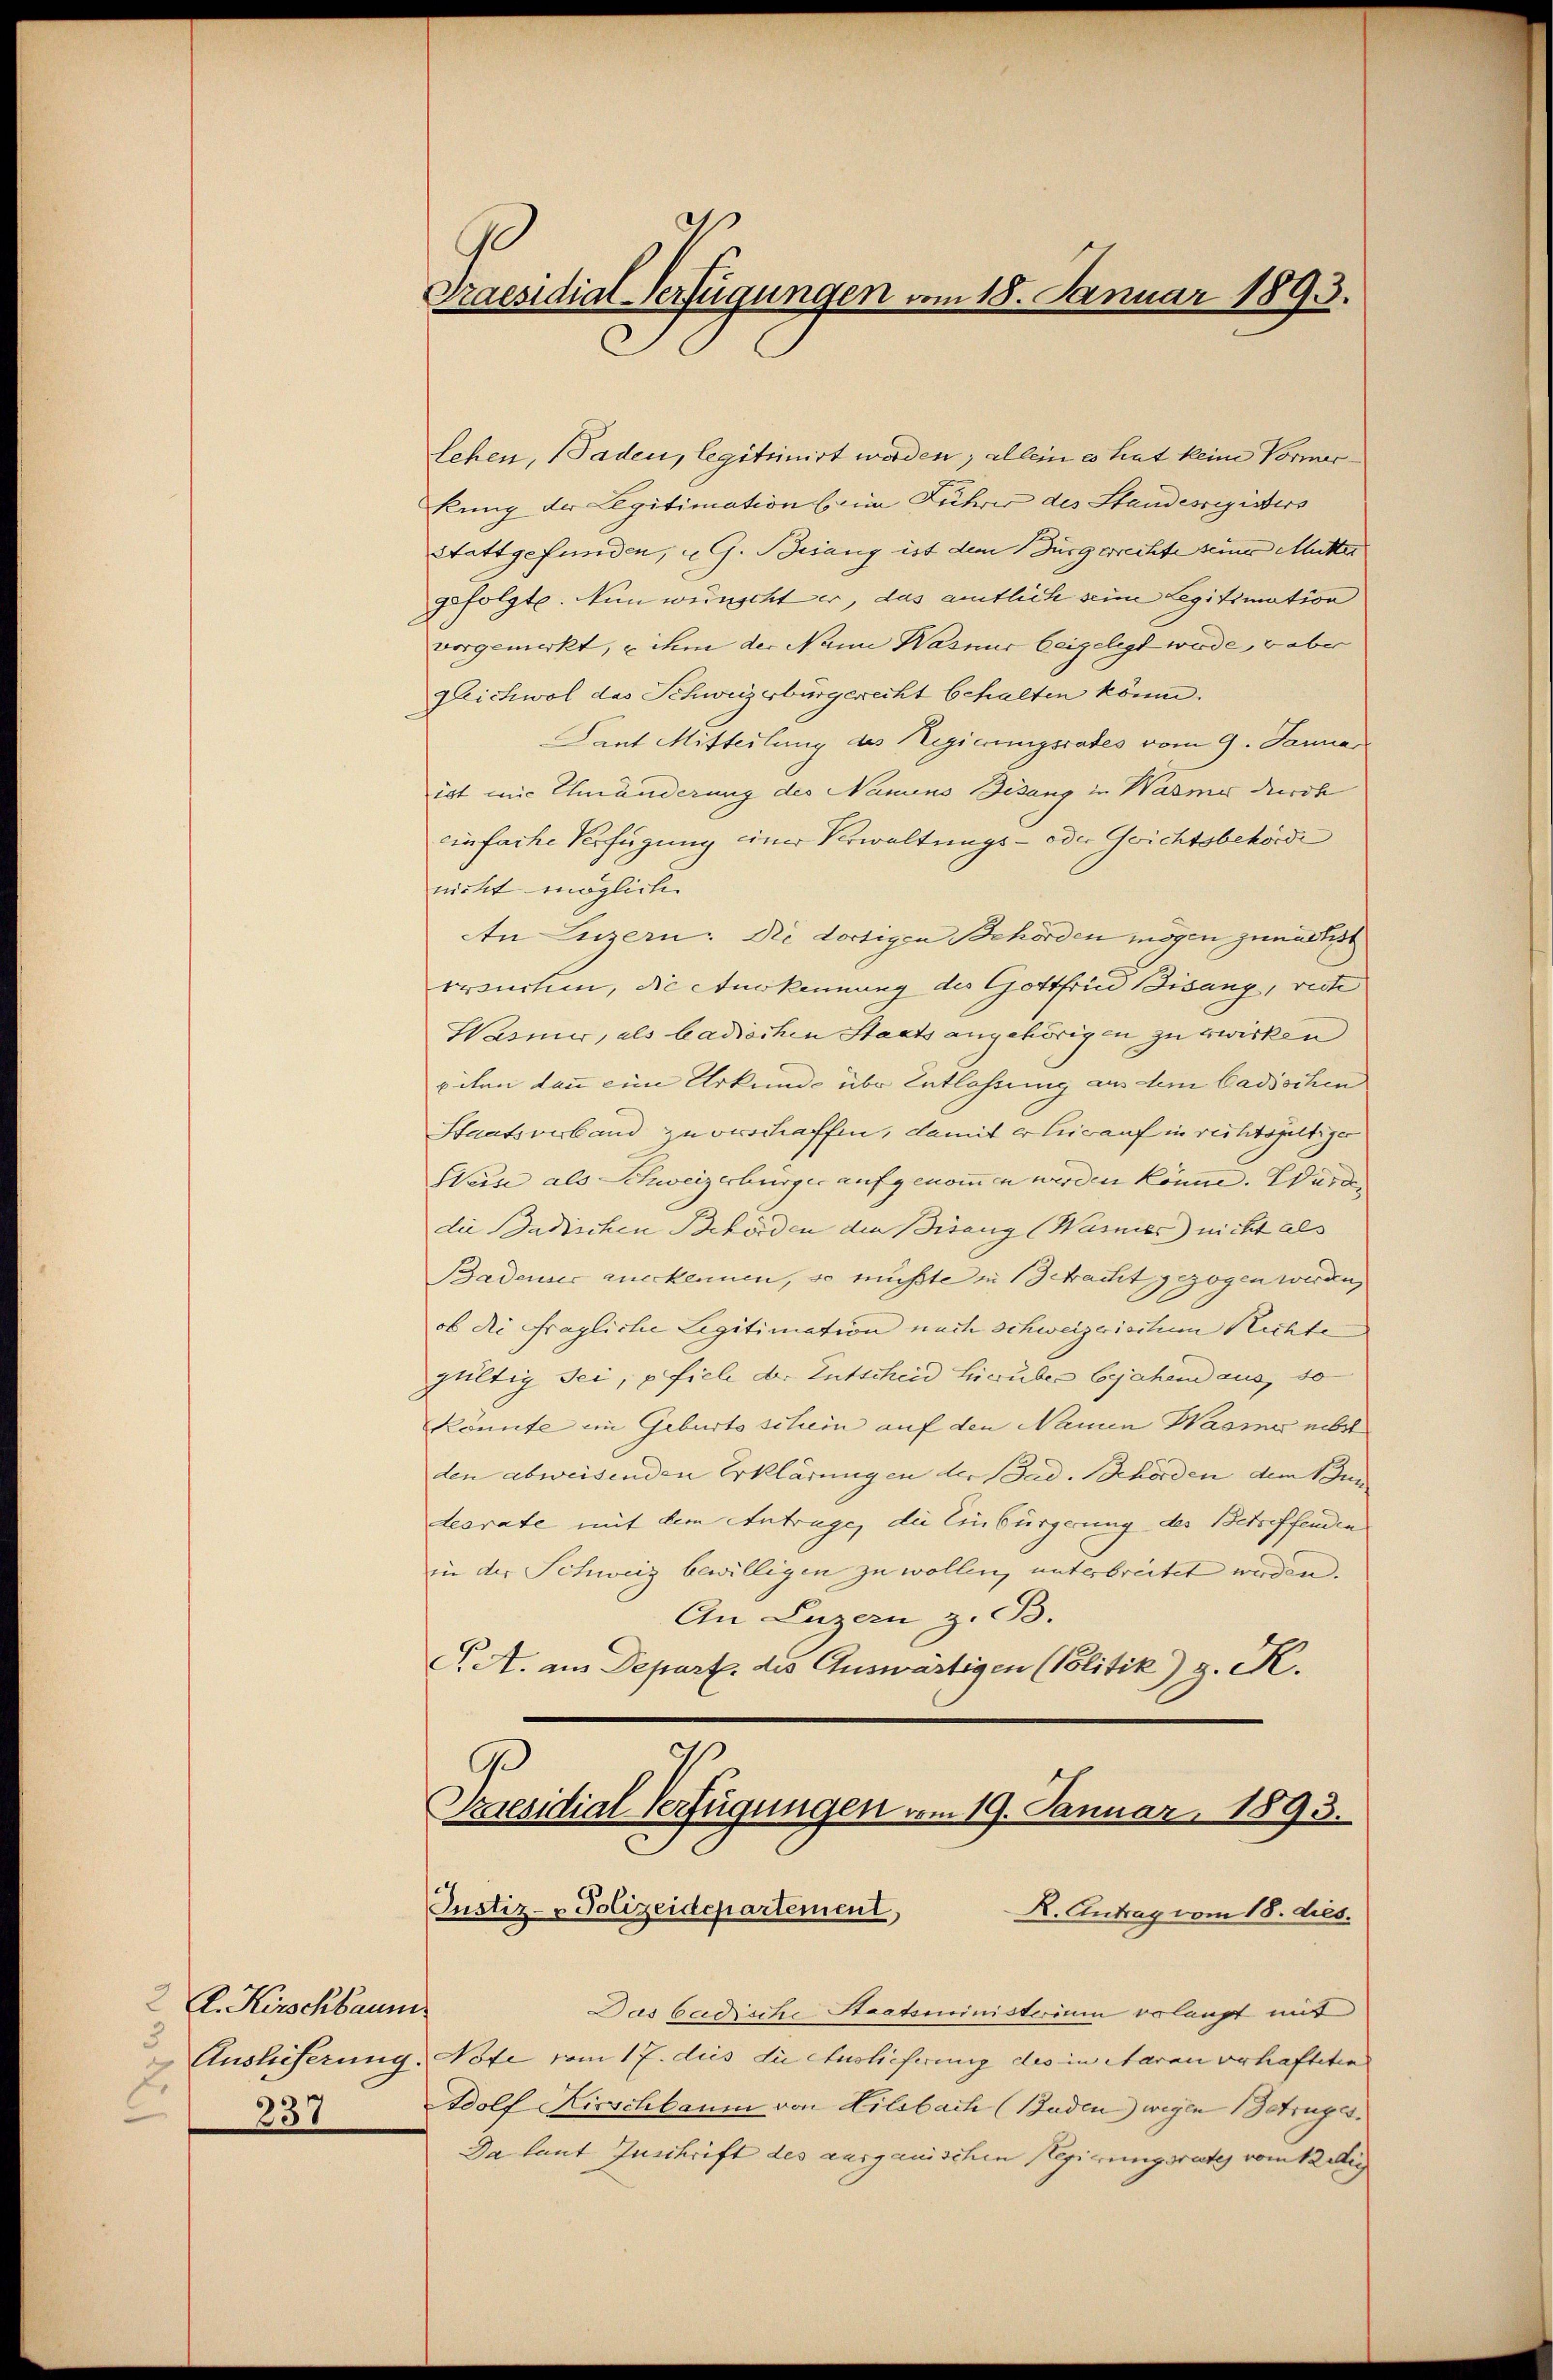
A. Kirschbaum
3
237

s
Praesidial-Verfügungen am 18. Januar 1893.

Lehen, Paden, legittinirt werden; allein es hat keine Vormerkung der Legitimation (in Führer des Standesregisters
Stattgefunden, u. G. Besang ist dem Bürgerrechte seiner Mutter
gefolgte. Nun wünscht er, das amtlich seine Legitimation
vorgemerkt, u ihm der Name Wasnur beigelegt wurde, u aber
Eichwol das Schweizerbürgerecht behalten könne.
Dant Mitteilung des Regierungsrates vom 9. Januar
ist mit Ehmänderung des Namens Bisang in Wasmer durch
einfache Verfügung einer Verwaltungs- oder Gerichtsbehörde
nicht möglichen
An Luzern: Die dortigen Behörden mögen zunächst
Bronchen, die Aukennung des Gottfrid Bisang, rech
Wasner, als badischen Staats angehörigen zu erwirken
iten kann ein Urkunde über Entlassung aus dem badischen
Staatsverband zu verschaffen, damit er herauf in reichtsgültiger
Weise als Schweizerbürger aufgenommen werden könne. Würde,
die Dadischen Behörden den Bisang (Wasnes) nicht als
Badenser anerkennen, so müßte in Betracht gezogen werden,
ob die fragliche Legitimation nach schweizerischen Richte
gültig sei, fiele d. Entscheid Lieuber bejahend aus, so
könnte im Geburtsschein auf den Namen Wasie nebst
den abweisenden Erklärungen der Sad. Behörden dem Bun
desrate mit dem Antrage, die Einbürgerung des Betreffenden
in der Schweiz bewilligen zu wollen, unterbreitet werden.
An Luzern z. B.
S. A. am Depart des Auswärtigen (Blitik) g. K.

2
p
Priesidial-Verfügungen vom 19. Januar 1893.
Justiz- & Polizeidepartement,
R. Antrag vom 18. dies.
.

Das badische Staatsministerium erlangt mit
Auslieferung, Note vom 17. dies die Auslieferung des in Aarau verhafteten
Adolf Kirschbaum von Lildbach (Baden wegen Betruges¬
Da laut Zuschrift des ausganischen Regierungsrates vom Kredig